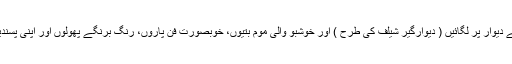
پِھر اسے مضبوطی سے دیوار پر لگائیں ( دیوارگیر شیلف کی طرح ) اور خوشبو والی موم بتیوں، خوبصورت فن پاروں، رنگ برنگے پھولوں اور اپنی پسندیدہ کتابوں سے سجائیں۔